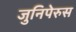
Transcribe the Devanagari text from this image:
जुनिपेरुस